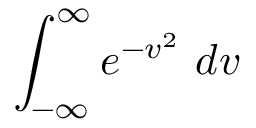
\int _ { - \infty } ^ { \infty } e ^ { - v ^ { 2 } } \ d v